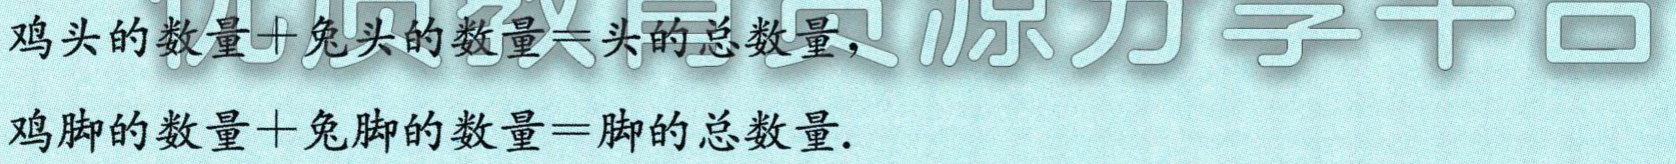
鸡头的数量+兔头的数量=头的总数量,

鸡脚的数量+兔脚的数量=脚的总数量.